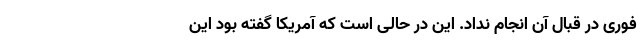
فوری در قبال آن انجام نداد. این در حالی است که آمریکا گفته بود این